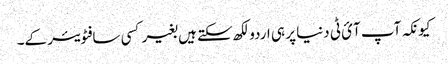
کیونکہ آپ آئ ٹی دنیا پر ہی اردو لکھ سکتے ہیں بغیر کسی سافٹویئر کے۔